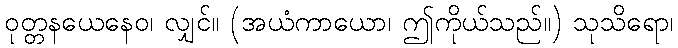
ဝုတ္တနယေနေဝ၊ လျှင်။ (အယံကာယော၊ ဤကိုယ်သည်။) သုသိရော၊